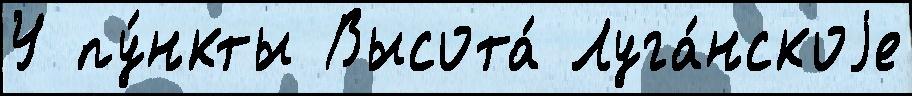
У пу́нкты Высота́ Луга́нскоjе